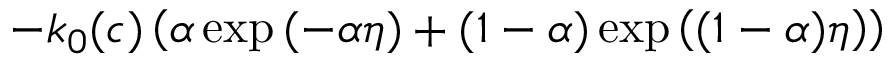
- k _ { 0 } ( c ) \left( \alpha \exp { ( - \alpha \eta ) } + ( 1 - \alpha ) \exp { \left( ( 1 - \alpha ) \eta \right) } \right)